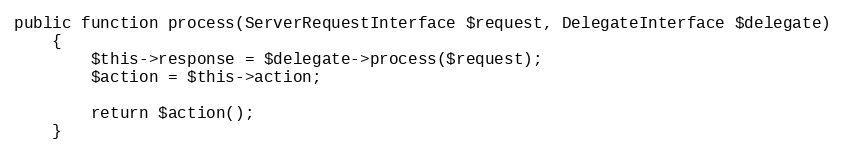
Language: PHP
public function process(ServerRequestInterface $request, DelegateInterface $delegate)
    {
        $this->response = $delegate->process($request);
        $action = $this->action;

        return $action();
    }